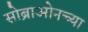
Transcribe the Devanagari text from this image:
सोब्राओनच्या